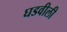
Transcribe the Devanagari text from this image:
घडवीली